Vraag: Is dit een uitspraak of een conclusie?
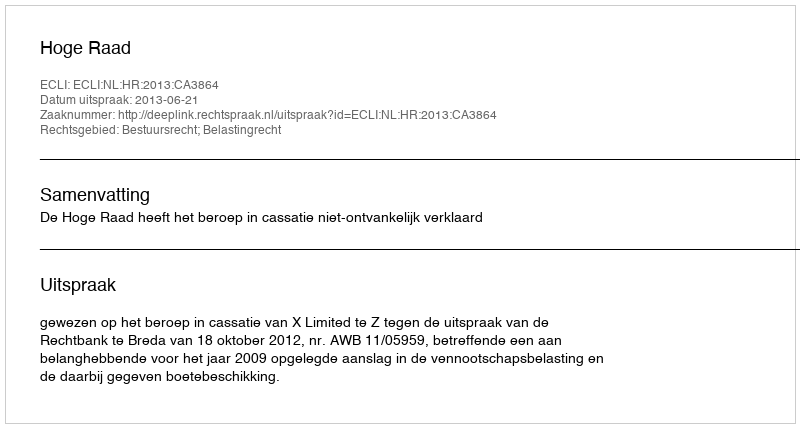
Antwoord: Uitspraak